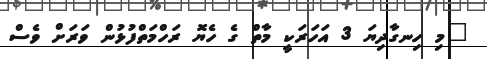
"މި ހިނގާދިޔަ 3 އަހަރަކީ މާތް ގެ ހެޔޮ ރަހްމަތްފުޅުން ވަރަށް ވެސް